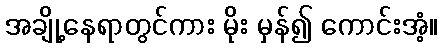
အချို့နေရာတွင်ကား မိုး မှန်၍ ကောင်းအံ့။